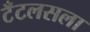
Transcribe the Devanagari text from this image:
टँटलसला